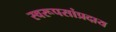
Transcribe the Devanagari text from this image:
स्वरूपसांप्रदाय